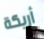
أريكة